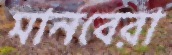
মানবেরা